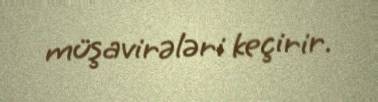
müşavirələri keçirir.